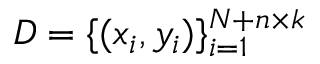
D = \{ ( x _ { i } , y _ { i } ) \} _ { i = 1 } ^ { N + n \times k }